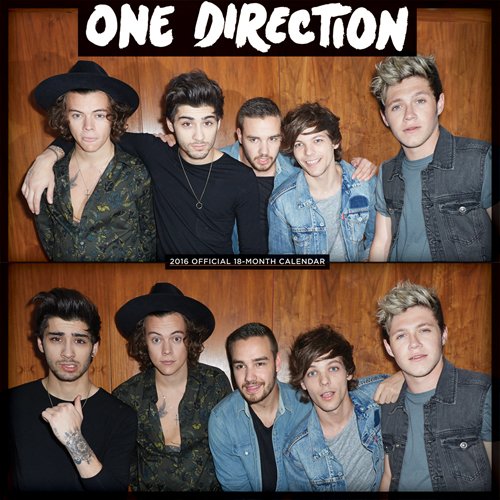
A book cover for One Direction 2016 Square 12x12 Global; Browntrout Publishers; Calendars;